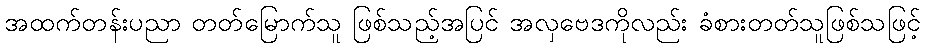
အထက်တန်းပညာ တတ်မြောက်သူ ဖြစ်သည့်အပြင် အလှဗေဒကိုလည်း ခံစားတတ်သူဖြစ်သဖြင့်